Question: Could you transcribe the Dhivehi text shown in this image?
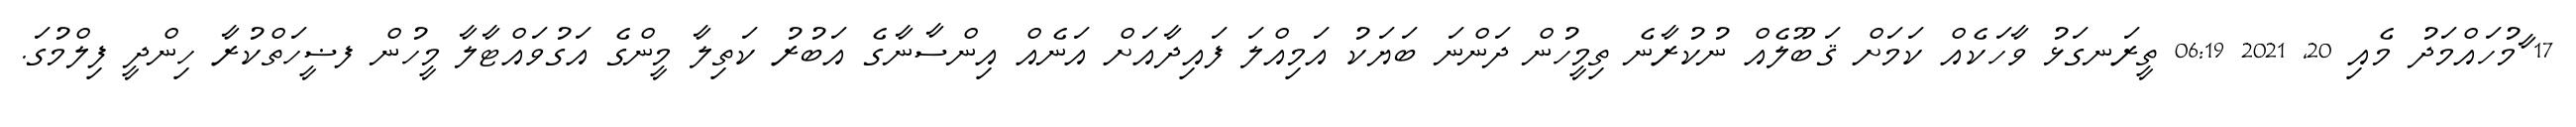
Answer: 17 ާމުހައްމަދު މެއި 20, 2021 06:19 ތީރަނގަޅު ވާހަކެއް ކަމަށް ޤަބޫލެއް ނުކުރާނެ ތިމީހުން ދަންނަ ބަޔަކު އަމިއްލަ ފައިދާއަށް އަނެއް އިންސާނާގެ އަބުރު ކަތިލާ މީންގެ އަގުވައްޓާލާ މީހުން ފޟީހަތްކުރާ ހިންދީ ފިލްމުގަ.